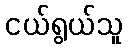
ငယ်ရွယ်သူ